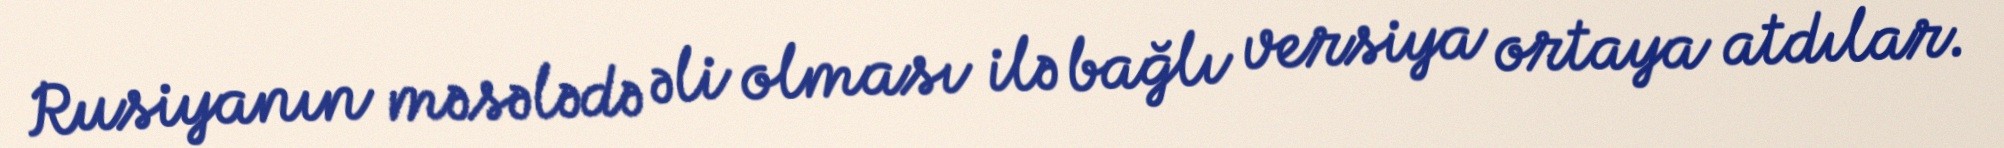
Rusiyanın məsələdə əli olması ilə bağlı versiya ortaya atdılar.